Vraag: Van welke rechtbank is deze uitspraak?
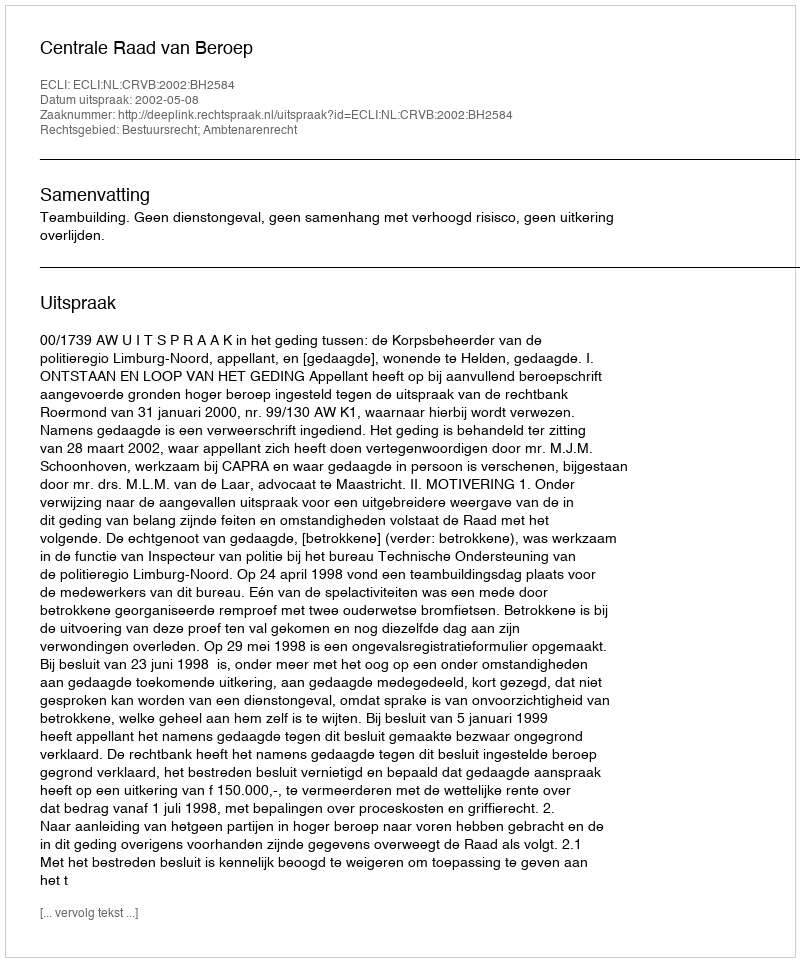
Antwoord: Centrale Raad van Beroep